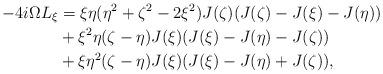
LaTeX: \begin{align*}-4i\Omega L_\xi & = \xi\eta(\eta^2 + \zeta^2 - 2\xi^2) J(\zeta)(J(\zeta) - J(\xi) - J(\eta)) \\&+ \xi^2\eta(\zeta - \eta) J(\xi)(J(\xi) - J(\eta) - J(\zeta))\\&+ \xi\eta^2(\zeta - \eta) J(\xi) (J(\xi) - J(\eta) + J(\zeta)),\end{align*}